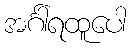
အင်္ဂါရထူပေါ